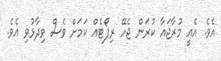
އެވެ. އެއީ މުރާޖައާ ކުރަން ޖެހޭ ރިޕޯޓެއް ކަމަށް ވެސް ވިދާޅުވި އެވެ.